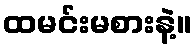
ထမင်းမစားနဲ့။